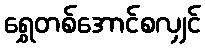
ရွှေတစ်အောင်စလျှင်